Civil Veterinary Department. Central Provinces & Berar 1925-31 - 1925-1931
Year: 1925
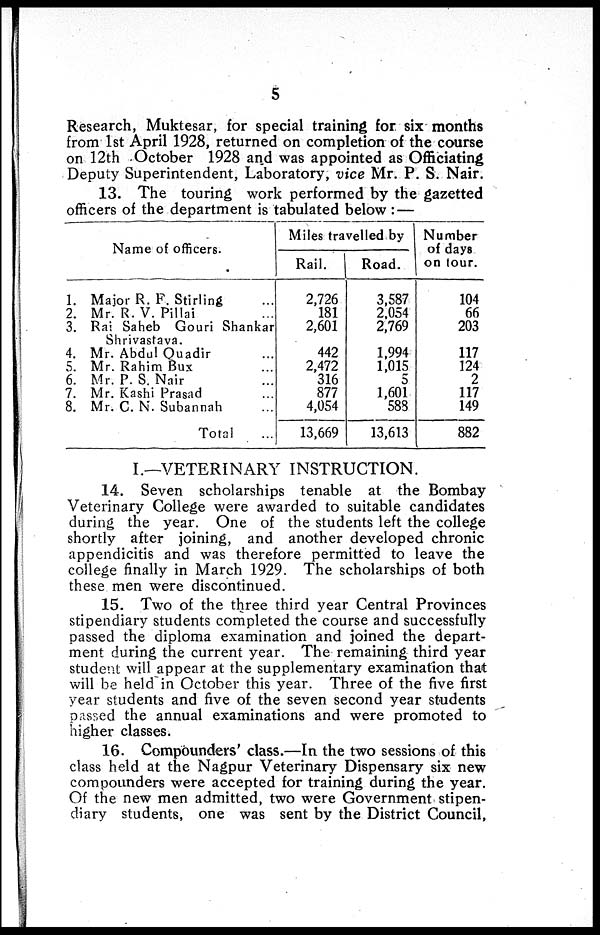
5
Research, Muktesar, for special training for six months
from 1st April 1928, returned on completion of the course
on 12th October 1928 and was appointed as Officiating
Deputy Superintendent, Laboratory, vice Mr. P. S. Nair.
13. The touring work performed by the gazetted
officers of the department is tabulated below: —
1.
2.
3.
4.
5.
6.
7.
8.
Name of officers.
Major R. F. Stirling
Mr. R. V.Pillai ...
Rai Saheb Gouri Shankar
Shrivastava.
Mr. Abdul Quadir ...
Mr. Rahim Bux ...
Mr. P. S. Nair ...
Mr. Kashi Prasad ...
Mr. C. N. Subannah ...
Total
Miles travelled by
Rail.
2,726
181
2,601
442
2,472
316
877
4,054
13,669
Road.
3,587
2,054
2,769
1,994
1,015
5
1,601
588
13,613
Number
of days
on tour.
104
66
203
117
124
2
117
149
882
I.—VETERINARY INSTRUCTION.
14. Seven scholarships tenable at the Bombay
Veterinary College were awarded to suitable candidates
during the year. One of the students left the college
shortly after joining, and another developed chronic
appendicitis and was therefore permitted to leave the
college finally in March 1929. The scholarships of both
these men were discontinued.
15. Two of the three third year Central Provinces
stipendiary students completed the course and successfully
passed the diploma examination and joined the depart-
ment during the current year. The remaining third year
student will appear at the supplementary examination that
will be held in October this year. Three of the five first
year students and five of the seven second year students
passed the annual examinations and were promoted to
higher classes.
16. Compounders' class.—In the two sessions of this
class held at the Nagpur Veterinary Dispensary six new
compounders were accepted for training during the year.
Of the new men admitted, two were Government stipen-
diary students, one was sent by the District Council,